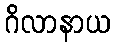
ဂိလာနာယ